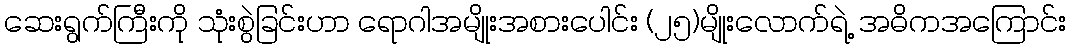
ဆေးရွက်ကြီးကို သုံးစွဲခြင်းဟာ ရောဂါအမျိုးအစားပေါင်း (၂၅)မျိုးလောက်ရဲ့ အဓိကအကြောင်း